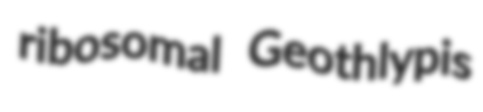
ribosomal Geothlypis